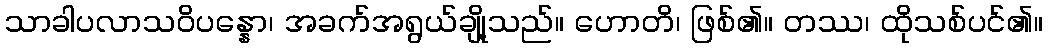
သာခါပလာသဝိပန္နော၊ အခက်အရွယ်ချို့သည်။ ဟောတိ၊ ဖြစ်၏။ တဿ၊ ထိုသစ်ပင်၏။